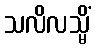
သလိလသ္မိံ